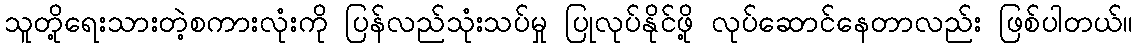
သူတို့ရေးသားတဲ့စကားလုံးကို ပြန်လည်သုံးသပ်မှု ပြုလုပ်နိုင်ဖို့ လုပ်ဆောင်နေတာလည်း ဖြစ်ပါတယ်။